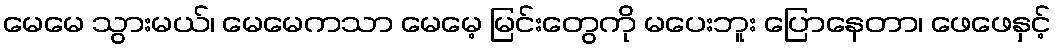
မေမေ သွားမယ်၊ မေမေကသာ မေမေ့ မြင်းတွေကို မပေးဘူး ပြောနေတာ၊ ဖေဖေနှင့်